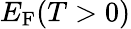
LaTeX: E_{\mathrm{{F}}}(T>0)